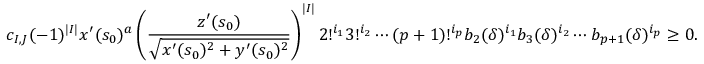
c _ { I , J } ( - 1 ) ^ { | I | } x ^ { \prime } ( s _ { 0 } ) ^ { a } \left( \frac { z ^ { \prime } ( s _ { 0 } ) } { \sqrt { x ^ { \prime } ( s _ { 0 } ) ^ { 2 } + y ^ { \prime } ( s _ { 0 } ) ^ { 2 } } } \right) ^ { | I | } 2 ! ^ { i _ { 1 } } 3 ! ^ { i _ { 2 } } \cdots ( p + 1 ) ! ^ { i _ { p } } b _ { 2 } ( \delta ) ^ { i _ { 1 } } b _ { 3 } ( \delta ) ^ { i _ { 2 } } \cdots b _ { p + 1 } ( \delta ) ^ { i _ { p } } \geq 0 .